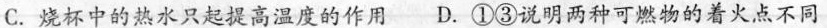
C.烧杯中的热水只起提高温度的作用D.①③说明两种可燃物的着火点不同